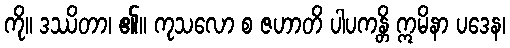
ကို။ ဒဿိတာ၊ ၏။ ကုသလော စ ဇဟာတိ ပါပကန္တိ ဣမိနာ ပဒေန၊